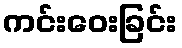
ကင်းဝေးခြင်း